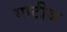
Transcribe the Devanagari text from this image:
गाटीज